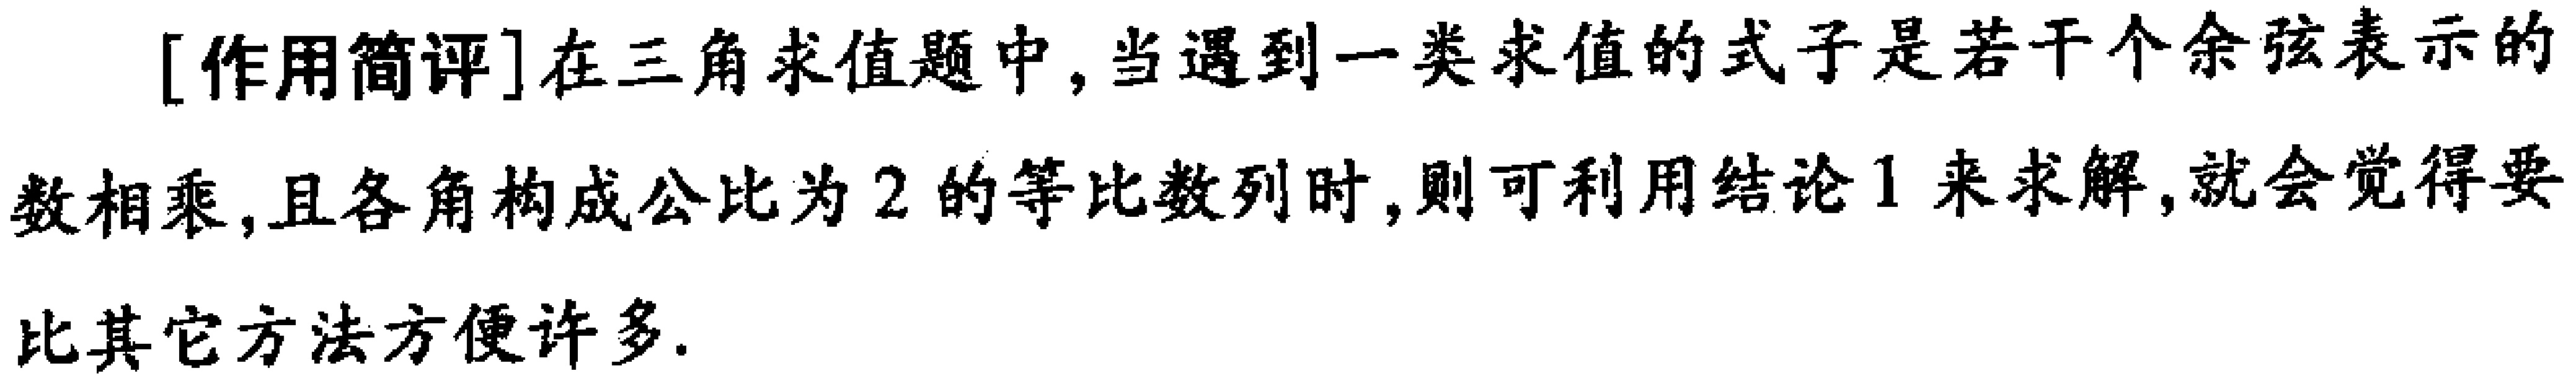
[作用简评]在三角求值题中,当遇到一类求值的式子是若干个余弦表示的数相乘,且各角构成公比为2的等比数列时,则可利用结论1来求解,就会觉得要比其它方法方便许多.